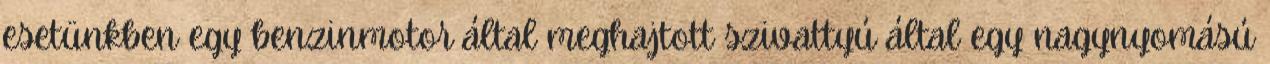
esetünkben egy benzinmotor által meghajtott szivattyú által egy nagynyomású